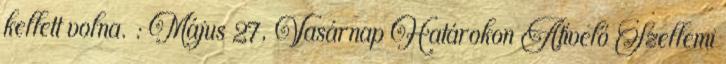
kellett volna. : Május 27, Vasárnap Határokon Átívelő Szellemi